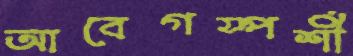
আবেগস্পর্শী